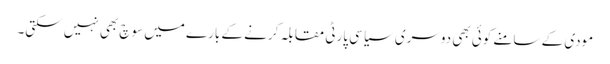
مودی کے سامنے کوئی بھی دوسری سیاسی پارٹی مقابلہ کرنے کے بارے میں سوچ بھی نہیں سکتی۔